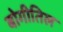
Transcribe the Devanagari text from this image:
बोगीतिल